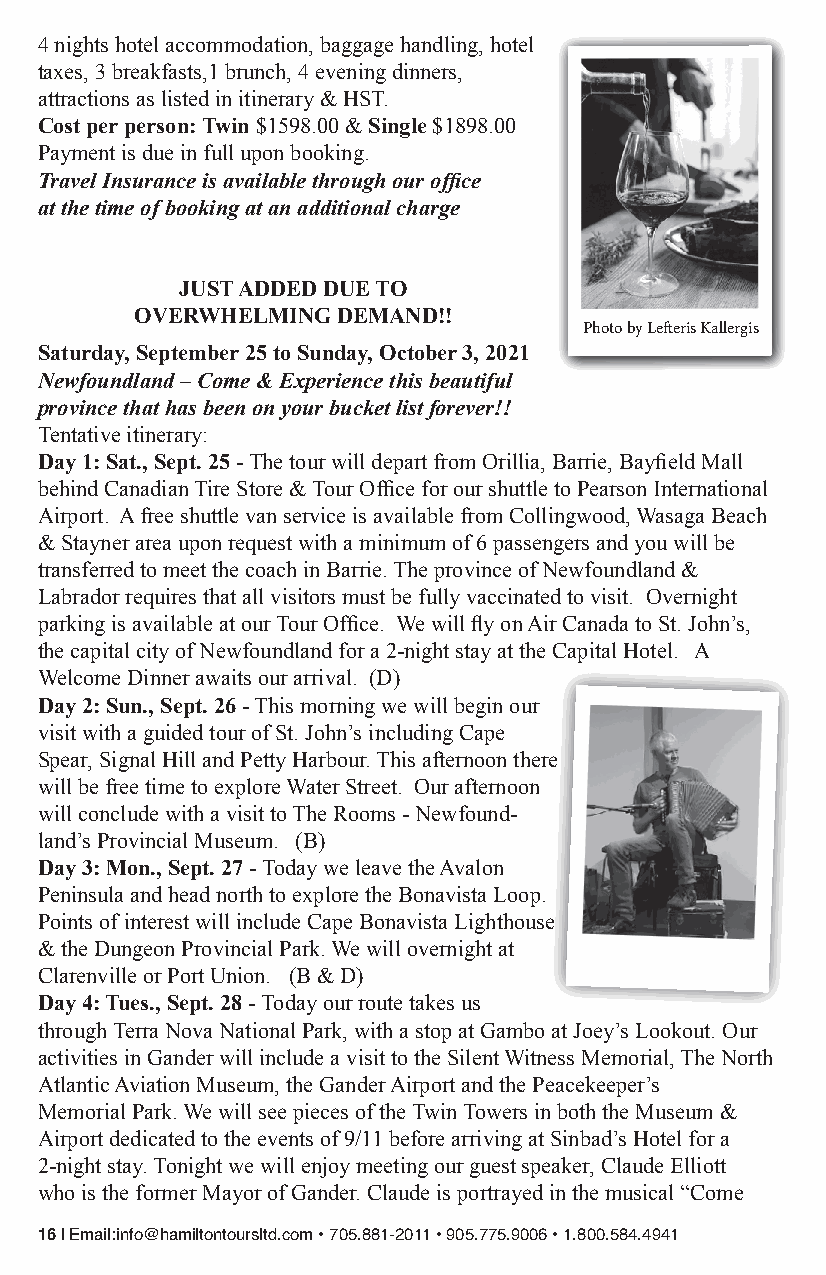
4 nights hotel accommodation, baggage handling, hotel
 taxes, 3 breakfasts,1 brunch, 4 evening dinners,
 attractions as listed in itinerary & HST.
 Cost per person: Twin $1598.00 & Single $1898.00
 Payment is due in full upon booking.
 Travel Insurance is available through our office
 at the time of booking at an additional charge
 JUST ADDED DUE TO
 OVERWHELMING DEMAND!!
 Photo by Lefteris Kallergis
 Saturday, September 25 to Sunday, October 3, 2021
 Newfoundland – Come & Experience this beautiful
 province that has been on your bucket list forever!!
 Tentative itinerary:
 Day 1: Sat., Sept. 25 - The tour will depart from Orillia, Barrie, Bayfield Mall
 behind Canadian Tire Store & Tour Office for our shuttle to Pearson International
 Airport. A free shuttle van service is available from Collingwood, Wasaga Beach
 & Stayner area upon request with a minimum of 6 passengers and you will be
 transferred to meet the coach in Barrie. The province of Newfoundland &
 Labrador requires that all visitors must be fully vaccinated to visit. Overnight
 parking is available at our Tour Office. We will fly on Air Canada to St. John’s,
 the capital city of Newfoundland for a 2-night stay at the Capital Hotel. A
 Welcome Dinner awaits our arrival. (D)
 Day 2: Sun., Sept. 26 - This morning we will begin our
 visit with a guided tour of St. John’s including Cape
 Spear, Signal Hill and Petty Harbour. This afternoon there
 will be free time to explore Water Street. Our afternoon
 will conclude with a visit to The Rooms - Newfound-
 land’s Provincial Museum. (B)
 Day 3: Mon., Sept. 27 - Today we leave the Avalon
 Peninsula and head north to explore the Bonavista Loop.
 Points of interest will include Cape Bonavista Lighthouse
 & the Dungeon Provincial Park. We will overnight at
 Clarenville or Port Union. (B & D)
 Day 4: Tues., Sept. 28 - Today our route takes us
 through Terra Nova National Park, with a stop at Gambo at Joey’s Lookout. Our
 activities in Gander will include a visit to the Silent Witness Memorial, The North
 Atlantic Aviation Museum, the Gander Airport and the Peacekeeper’s
 Memorial Park. We will see pieces of the Twin Towers in both the Museum &
 Airport dedicated to the events of 9/11 before arriving at Sinbad’s Hotel for a
 2-night stay. Tonight we will enjoy meeting our guest speaker, Claude Elliott
 who is the former Mayor of Gander. Claude is portrayed in the musical “Come
 16 | Email:info@hamiltontoursltd.com • 705.881-2011 • 905.775.9006 • 1.800.584.4941